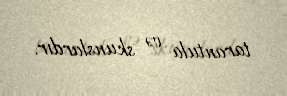
tarantula və skunslardır.